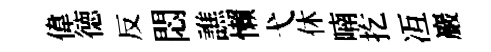
偉徳反悶譙懒弋休喃扢冱巖